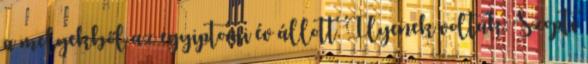
a melyekből az egyiptomi év állott. Ilyenek voltak: Szopti